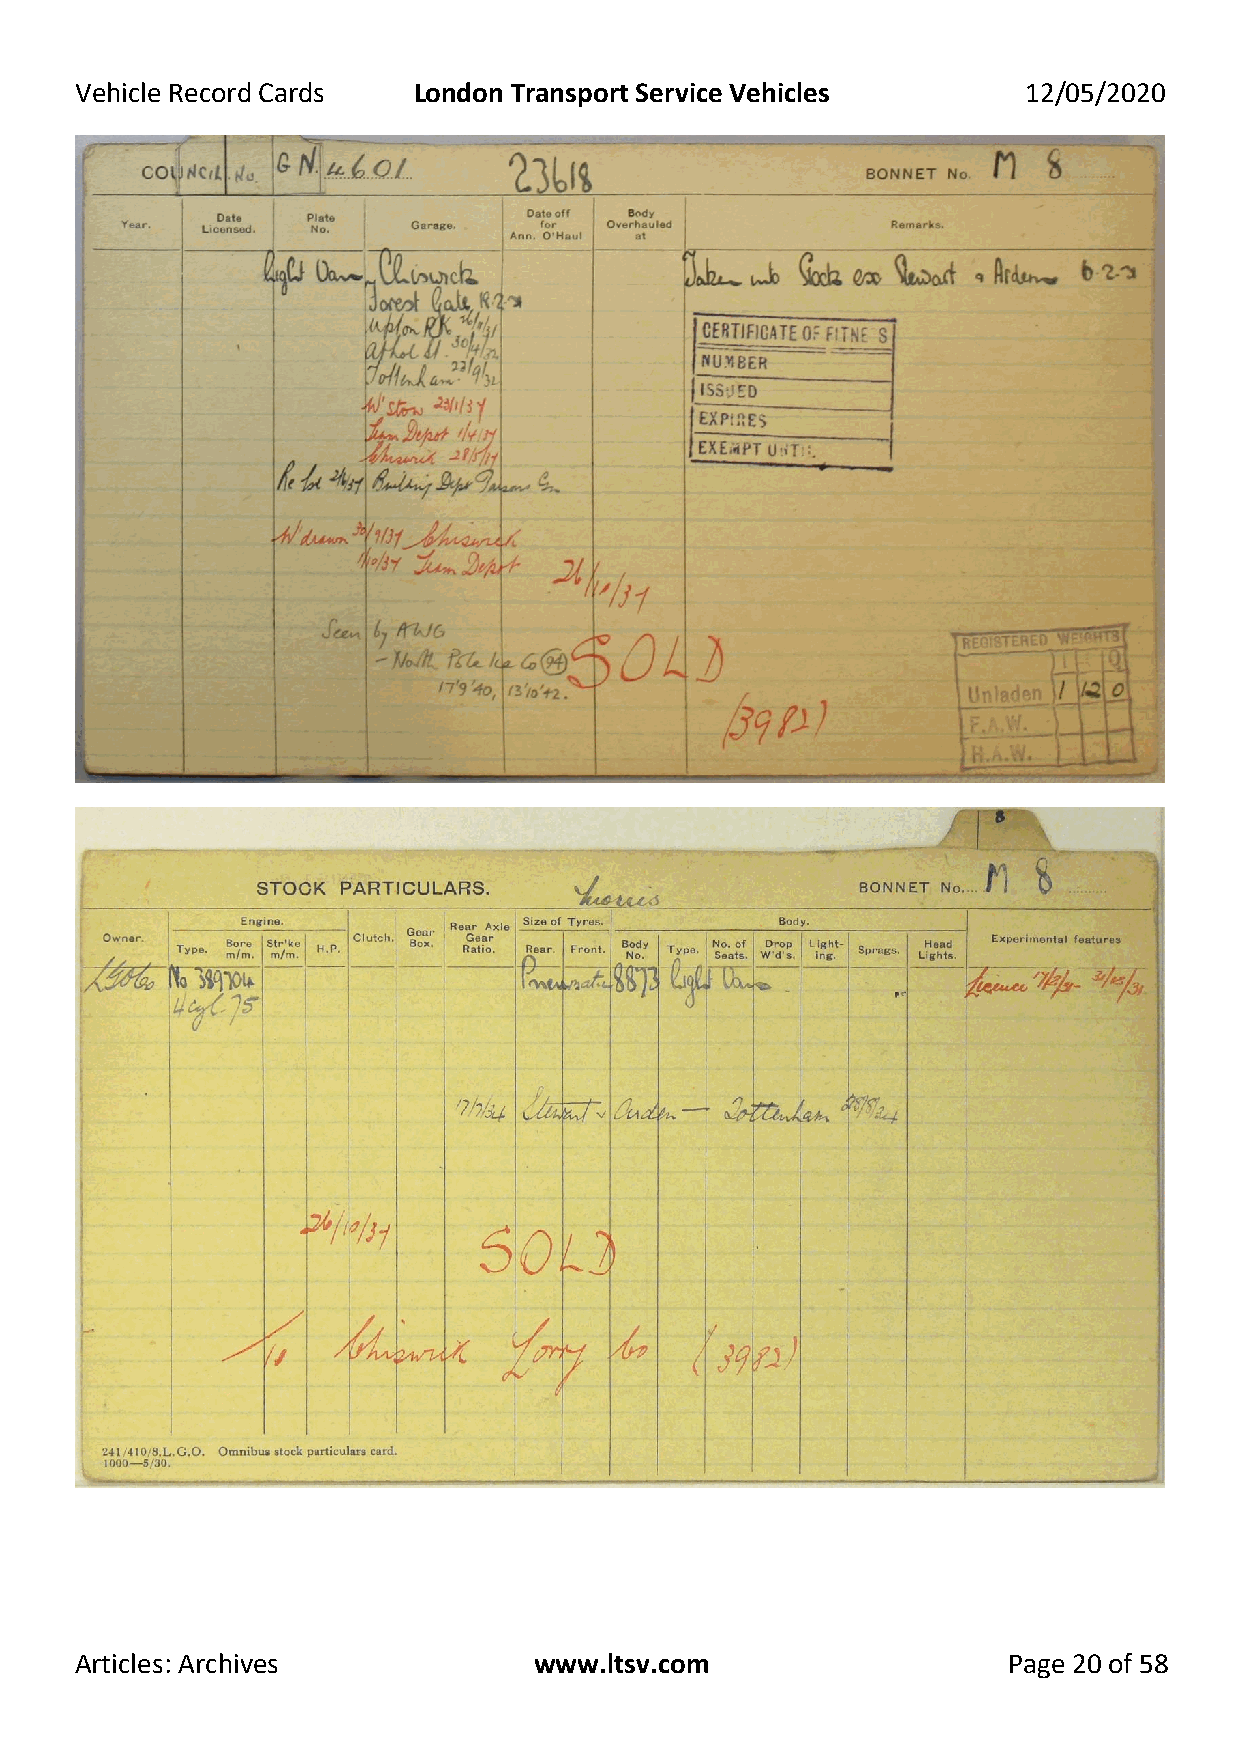
Vehicle Record Cards  London Transport Service Vehicles        12/05/2020
 Articles: Archives            www.ltsv.com                    Page 20 of 58